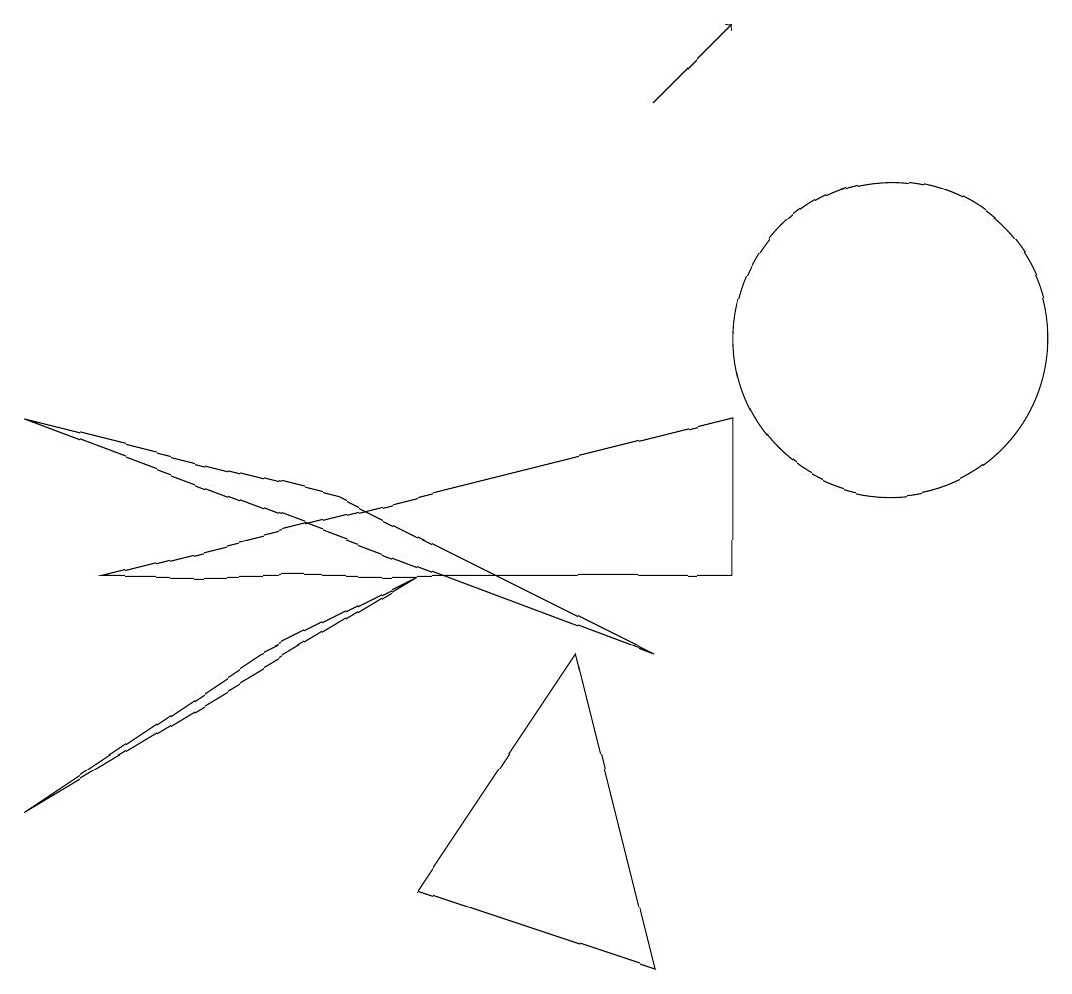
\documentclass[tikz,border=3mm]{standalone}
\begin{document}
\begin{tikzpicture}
\draw (9,9) -- (9,7) -- (1,7) -- cycle;
\draw (8,2) -- (5,3) -- (7,6) -- cycle;
\draw (5,7) -- (0,4) -- (3,6) -- cycle;
\draw (11,10) circle (2);
\draw (8,6) -- (4,8) -- (0,9) -- cycle;
\draw[->] (8,13) -- (9,14);
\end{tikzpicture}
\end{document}